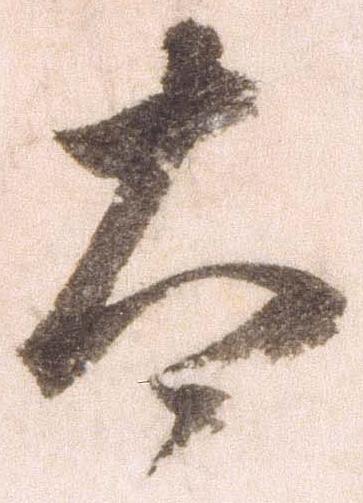
太